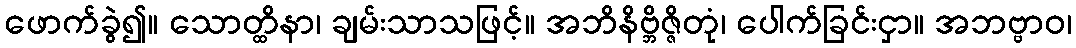
ဖောက်ခွဲ၍။ သောတ္ထိနာ၊ ချမ်းသာသဖြင့်။ အဘိနိဗ္ဘိဇ္ဇိတုံ၊ ပေါက်ခြင်းငှာ။ အဘဗ္ဗာဝ၊